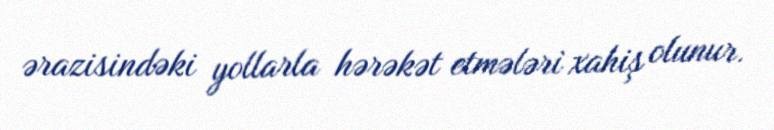
ərazisindəki yollarla hərəkət etmələri xahiş olunur.